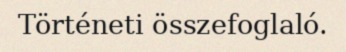
Történeti összefoglaló.